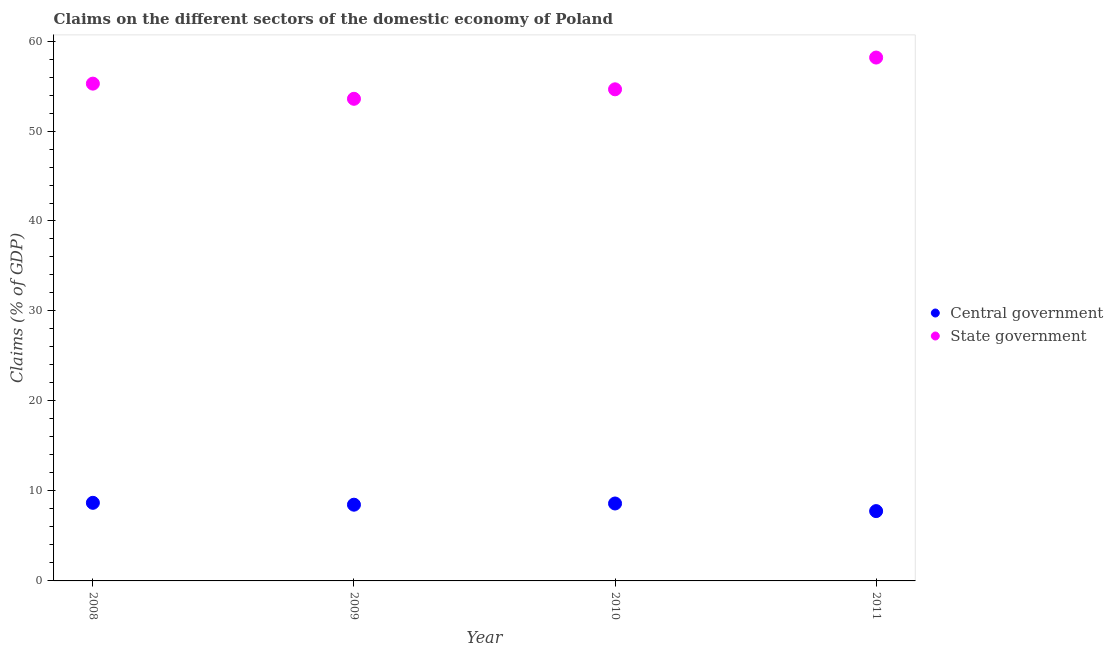
| Year | Central government | State government |
 | --- | --- | --- |
 | 2008 | 8.68 | 55.3 |
 | 2009 | 8.47 | 53.6 |
 | 2010 | 8.61 | 54.6 |
 | 2011 | 7.76 | 58.2 |